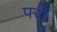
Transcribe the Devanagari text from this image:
परं।